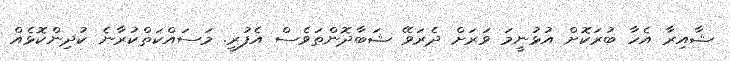
ޝާއިރާ އެހާ ބުރަކޮށް އުޅުނީމަ ވަރަށް ދެރަވޭ ޝަބާދޮންތަވެސް އެފުރީ. މަސައްކަތްކުރާނެ ކުދިންކޮޅެއް